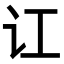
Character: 讧